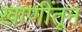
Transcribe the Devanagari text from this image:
खाणींतून